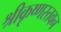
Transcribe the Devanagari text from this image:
श्रीकृष्णस्तवन